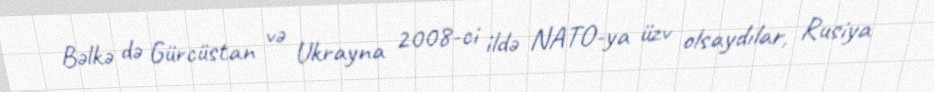
Bəlkə də Gürcüstan və Ukrayna 2008-ci ildə NATO-ya üzv olsaydılar, Rusiya